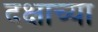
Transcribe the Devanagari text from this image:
दक्षाच्या